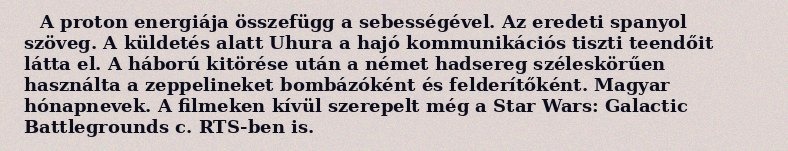
A proton energiája összefügg a sebességével. Az eredeti spanyol szöveg. A küldetés alatt Uhura a hajó kommunikációs tiszti teendőit látta el. A háború kitörése után a német hadsereg széleskörűen használta a zeppelineket bombázóként és felderítőként. Magyar hónapnevek. A filmeken kívül szerepelt még a Star Wars: Galactic Battlegrounds c. RTS-ben is.